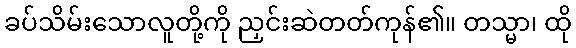
ခပ်သိမ်းသောလူတို့ကို ညှင်းဆဲတတ်ကုန်၏။ တသ္မာ၊ ထို